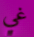
غي